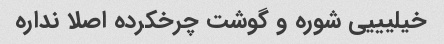
خیلیییی شوره و گوشت چرخکرده اصلا نداره